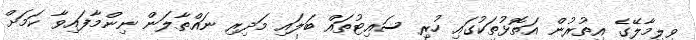
ވިލިމާލޭގެ އިތުރުން އަތޮޅުތަކުގައި ހުރި ސައިޓުތައް ބަލައި މަދިރި ނައްތާލަން ނިންމާފައިވާ ކަމަށް